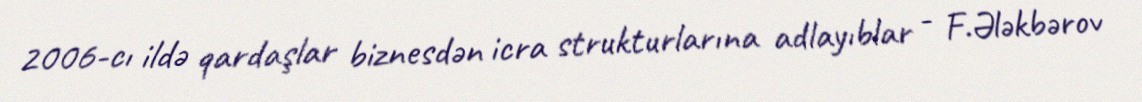
2006-cı ildə qardaşlar biznesdən icra strukturlarına adlayıblar - F.Ələkbərov